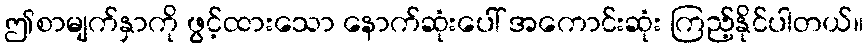
ဤစာမျက်နှာကို ဖွင့်ထားသော နောက်ဆုံးပေါ် အကောင်းဆုံး ကြည့်နိုင်ပါတယ်။